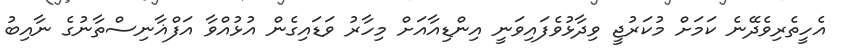
އެހީތެރިވެދޭނެ ކަމަށް މުކަރުޖީ ވިދާޅުވެފައިވަނީ އިންޑިއާއަށް މިހާރު ވަޑައިގެން އުޅުއްވާ އަފްޣާނިސްތާނުގެ ނާއިބު